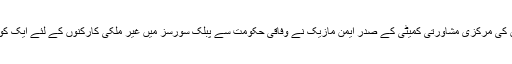
دریں اثناء جرمنی میں قائم مسلمانوں کی مرکزی مشاورتی کمیٹی کے صدر ایمن مازیک نے وفاقی حکومت سے پبلک سورسز میں غیر ملکی کارکنوں کے لئے ایک کوٹہ مختص کرنے کا مطالبہ کیا ہے۔